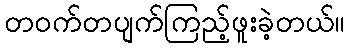
တဝက်တပျက်ကြည့်ဖူးခဲ့တယ်။